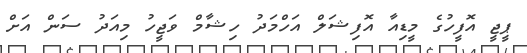
ޕީޖީ އޮފީހުގެ މީޑިއާ އޮފިޝަލް އަހްމަދު ހިޝާމް ވަޖީހު މިއަދު ސަން އަށް